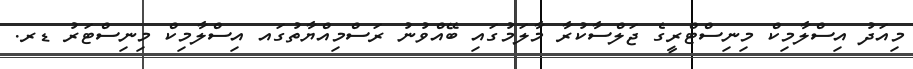
މިއަދު އިސްލާމިކް މިނިސްޓްރީގެ ޖަލްސާކުރާ މާލަމުގައި ބޭއްވުނު ރަސްމިއްޔާތުގައ އިސްލާމިކް މިނިސްޓަރު ޑރ.